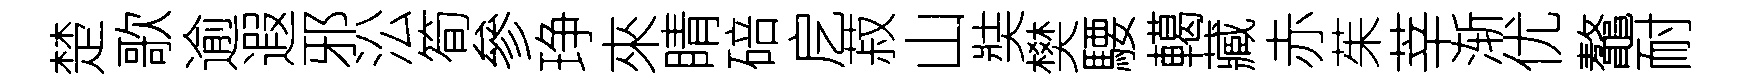
楚歌逾遐邪㳂筍參琤來睛碚戹菽山奘樊騕轕藏赤茱莘渐优鼇耐